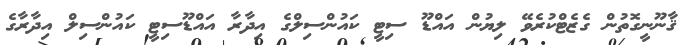
ޤާނޫނީގޮތުން ގެޒެޓްކުރެވޭ ލިޔުން އައްޑޫ ސިޓީ ކައުންސިލްގެ އިދާރާ އައްޑޫސިޓީ ކައުންސިލް އިދާރާގެ